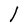
Character: l